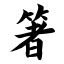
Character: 箸